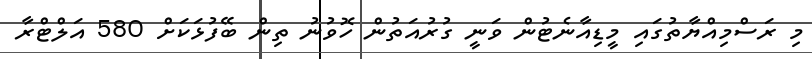
މި ރަސްމިއްޔާތުގައި މީޑިއާނެޓުން ވަނީ ގުރުއަތުން ހޮވުނު ތިން ބޭފުޅަކަށް 580 އަލްޓްރާ